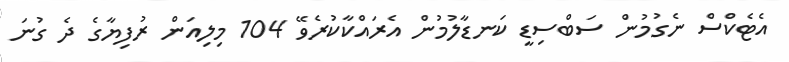
އެޓެކްސް ނެގުމުން ސަބްސިޑީ ކަނޑާލުމުން އެރައްކާކުރެވޭ 104 މިލިއަން ރުފިޔާގެ ދެ ގުނަ